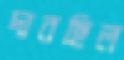
দাবছিল